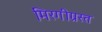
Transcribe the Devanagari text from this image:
मिरगीग्रस्त